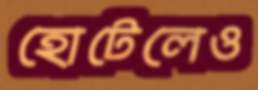
হোটেলেও